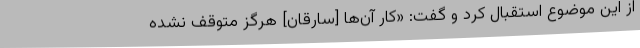
از این موضوع استقبال کرد و گفت: «کار آن‌ها [سارقان] هرگز متوقف نشده